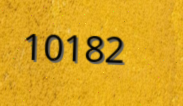
10182